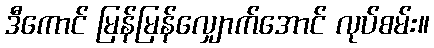
ဒီကောင် မြန်မြန်လျှောက်အောင် လုပ်စမ်း။